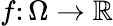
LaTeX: f\colon\Omega\to\mathbb{R}